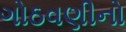
ગોઠવણીનો